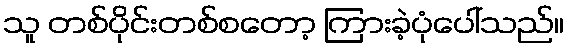
သူ တစ်ပိုင်းတစ်စတော့ ကြားခဲ့ပုံပေါ်သည်။